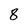
Character: 8